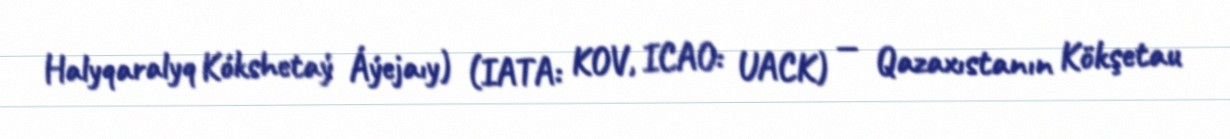
Halyqaralyq Kókshetaý Áýejaıy) (IATA: KOV, ICAO: UACK) — Qazaxıstanın Kökşetau